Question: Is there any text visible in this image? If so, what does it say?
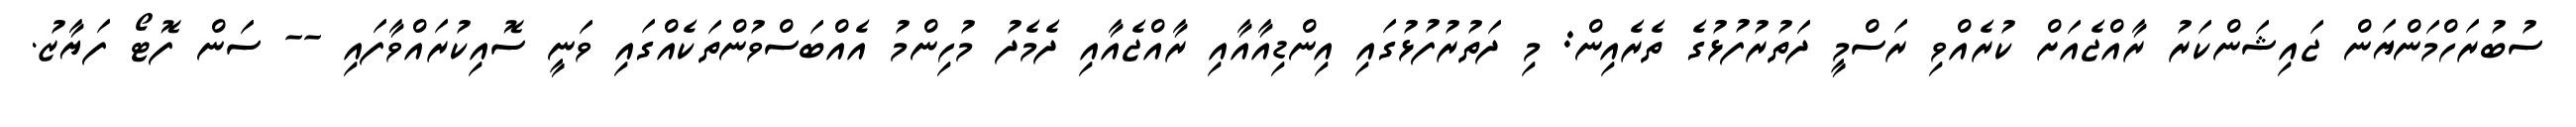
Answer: ސުބުރަހްމަންޔަން ޖައިޝަންކަރު ރާއްޖެއަށް ކުރެއްވި ރަސްމީ ދަތުރުފުޅުގެ ތެރެއިން: މި ދަތުރުފުޅުގައި އިންޑިއާއާއި ރާއްޖެއާއި ދެމެދު މުހިންމު އެއްބަސްވުންތަކެއްގައި ވަނީ ސޮއިކުރައްވާފައި -- ސަން ފޮޓޯ ފަޔާޒު.